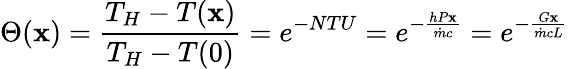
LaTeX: \Theta(\mathbf{x})={\frac{{T_{H}-T(\mathbf{x})}}{{T_{H}-T(0)}}}=e^{-NTU}=e^{-{\frac{{hP\mathbf{x}}}{{{\dot{{m}}}c}}}}=e^{-{\frac{{G\mathbf{x}}}{{{\dot{{m}}}cL}}}}